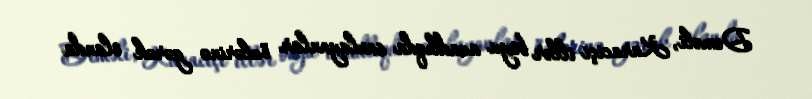
Deməli, Karaciçi illər boyu azadlıqda saxlayanlar özlərinə gərək olanda